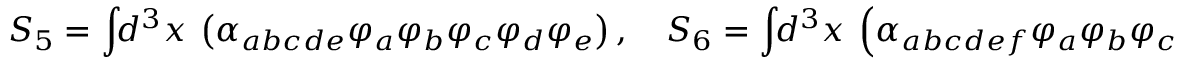
S _ { 5 } = \int \! \! d ^ { 3 } x ~ \left( \alpha _ { a b c d e } \varphi _ { a } \varphi _ { b } \varphi _ { c } \varphi _ { d } \varphi _ { e } \right) , \quad S _ { 6 } = \int \! \! d ^ { 3 } x ~ \left( \alpha _ { a b c d e f } \varphi _ { a } \varphi _ { b } \varphi _ { c } \varphi _ { d } \varphi _ { e } \varphi _ { f } \right) ,